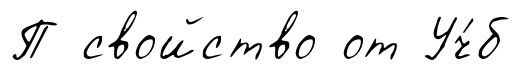
П свойство от Уч́б